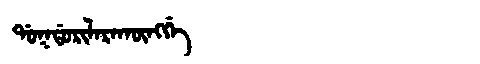
Manchu: ᡩᠣᡴᡩᠣᡵᡳᠯᠠᡵᠠᡴᡡᠩᡤᡝ
Romanization: DOKDORILARAKŪNGGE